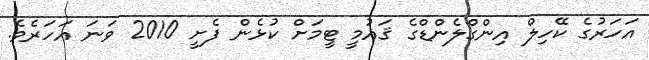
އަހަރުގެ ކޭހިލް އިންގްލެންޑްގެ ޤައުމީ ޓީމަށް ކުޅެން ފެށީ 2010 ވަނަ އަހަރެވެ.